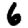
Digit: 6